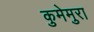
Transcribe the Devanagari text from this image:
कुमेमुरा